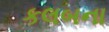
કલબના